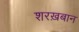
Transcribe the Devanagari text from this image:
शरख़बान